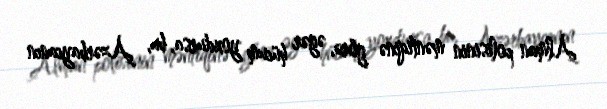
Alman polisinin məntiqinə görə, əgər hücum yoxdursa, bu, Azərbaycanın